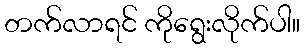
တက်လာရင် ကိုရွေးလိုက်ပါ။